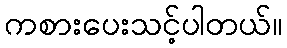
ကစားပေးသင့်ပါတယ်။